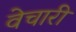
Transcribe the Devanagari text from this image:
वेचारी